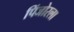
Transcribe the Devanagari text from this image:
पिंजोरला